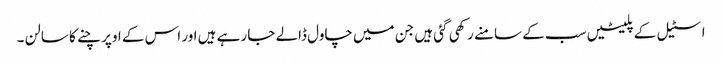
اسٹیل کے پلیٹیں سب کے سامنے رکھی گئی ہیں جن میں چاول ڈالے جا رہے ہیں اور اس کے اوپر چنے کا سالن ۔